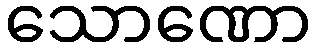
သောဏော